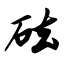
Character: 砝